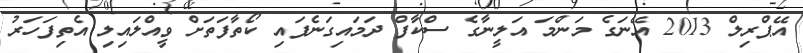
އޭޕްރިލް 2013 އޭނަގެ މަންމަ އަލީނާގެ ސްކާފް ދަމައިގަނެފައި ކޯތާފަތަށް ވީއްލައިލި އެތިފަހަރު